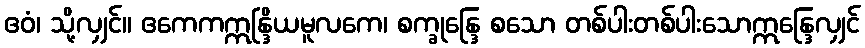
ဧဝံ၊ သို့လျှင်။ ဧကေကဣန္ဒြိယမူလကေ၊ စက္ခုန္ဒြေ စသော တစ်ပါးတစ်ပါးသောဣန္ဒြေလျှင်